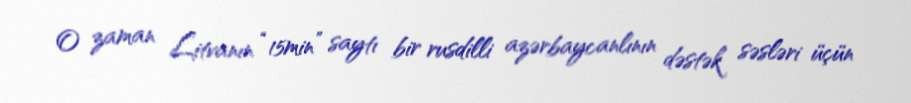
O zaman Litvanın “15min” saytı bir rusdilli azərbaycanlının dəstək səsləri üçün